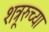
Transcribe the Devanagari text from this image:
शत्रूरुच्या